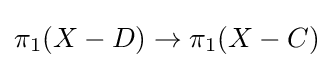
\pi _{1}(X-D)\to \pi _{1}(X-C)